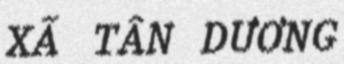
XÃ TÂN DƯƠNG